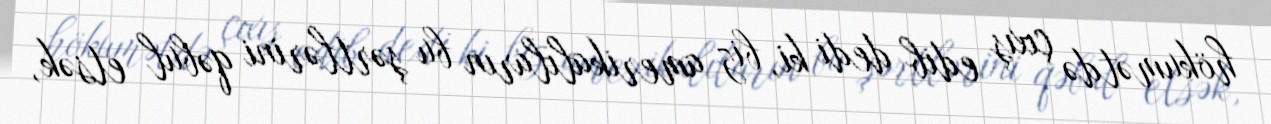
hökumətdə çıxış edib dedi ki, biz amerikalıların bu şərtlərini qəbul etsək,